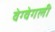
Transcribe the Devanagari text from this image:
वेग्वेगली